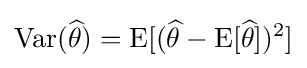
\operatorname {Var} ({\widehat {\theta }})=\operatorname {E} [({\widehat {\theta }}-\operatorname {E} [{\widehat {\theta }}])^{2}]